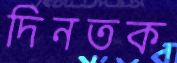
দিনতক